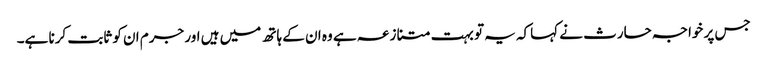
جس پر خواجہ حارث نے کہاکہ یہ تو بہت متنازعہ ہے وہ ان کے ہاتھ میں ہیں اور جرم ان کو ثابت کرنا ہے۔